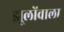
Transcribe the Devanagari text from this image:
झूलोंवाला